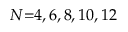
N { = } 4 , 6 , 8 , 1 0 , 1 2